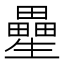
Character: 㽮